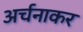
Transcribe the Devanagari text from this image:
अर्चनाकर